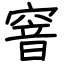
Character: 窨